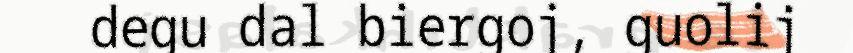
degu dal biergoj, guolij